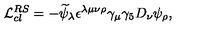
{ \cal L } _ { c l } ^ { R S } = - { \widetilde \psi } _ { \lambda } \epsilon ^ { \lambda \mu \nu \rho } \gamma _ { \mu } \gamma _ { 5 } D _ { \nu } \psi _ { \rho } ,